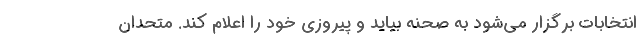
انتخابات برگزار می‌شود به صحنه بیاید و پیروزی خود را اعلام کند. متحدان